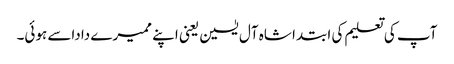
آپ کی تعلیم کی ابتدا شاہ آل یٰسین یعنی اپنے ممیرے داداسے ہوئی۔